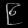
Digit: ၉